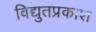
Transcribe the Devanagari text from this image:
विद्युतप्रकाश